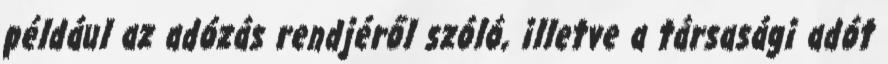
például az adózás rendjéről szóló, illetve a társasági adót